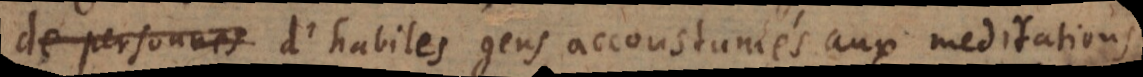
de personnes d’habiles gens accoustumés aux meditations